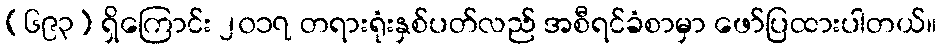
(၆၉၃) ရှိကြောင်း ၂၀၁၇ တရားရုံးနှစ်ပတ်လည် အစီရင်ခံစာမှာ ဖော်ပြထားပါတယ်။